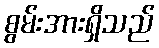
စွမ်းအားရှိသည်